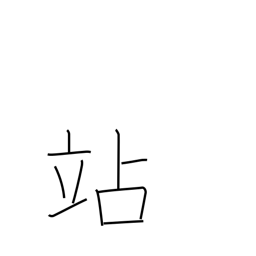
Meaning: halt